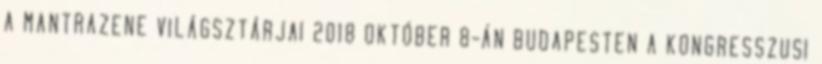
A MANTRAZENE VILÁGSZTÁRJAI 2018 OKTÓBER 8-ÁN BUDAPESTEN A KONGRESSZUSI